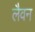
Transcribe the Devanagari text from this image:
लैवन